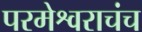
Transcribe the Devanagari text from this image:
परमेश्वराचंच